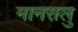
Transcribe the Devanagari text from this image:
मानसलु